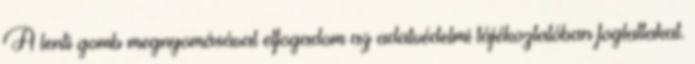
A lenti gomb megnyomásával elfogadom az adatvédelmi tájékoztatóban foglaltakat.